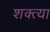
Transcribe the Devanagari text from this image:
शक्त्या